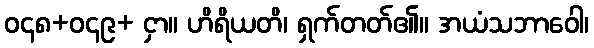
ဝ၄၈+ဝ၄၉+ ငှာ။ ဟိရိယတိ၊ ရှက်တတ်၏။ အယံသဘာဝေါ၊